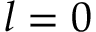
l = 0